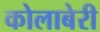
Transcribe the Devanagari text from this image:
कोलाबेरी